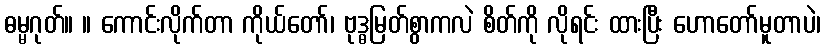
ဓမ္မဂုတ်။ ။ ကောင်းလိုက်တာ ကိုယ်တော်၊ ဗုဒ္ဓမြတ်စွာကလဲ စိတ်ကို လိုရင်း ထားပြီး ဟောတော်မူတာပဲ၊